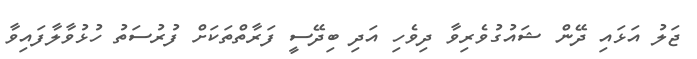
ޖަލު އަޅައި ދޭން ޝައުގުވެރިވާ ދިވެހި އަދި ބިދޭސީ ފަރާތްތަކަށް ފުރުސަތު ހުޅުވާލާފައިވާ